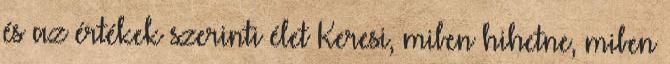
és az értékek szerinti élet Keresi, miben hihetne, miben